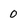
Character: 0